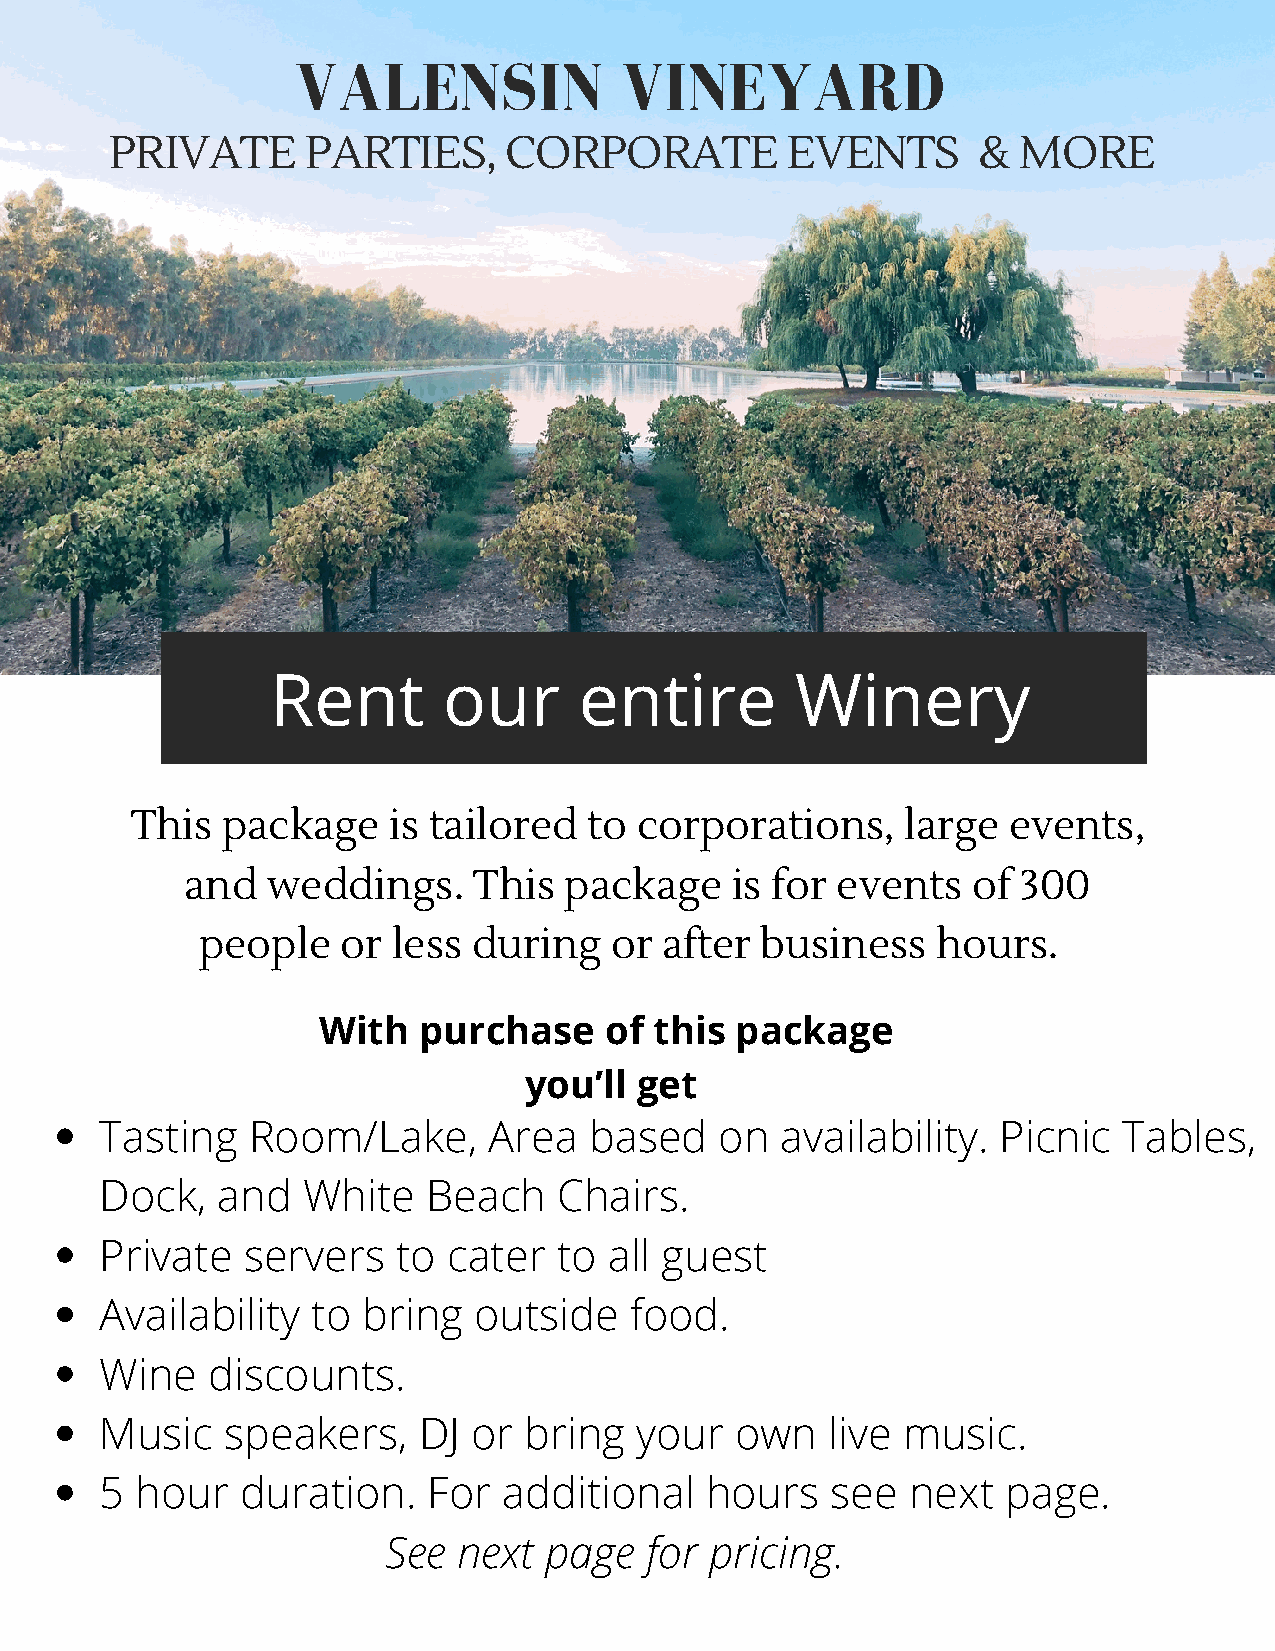
VALENSIN             VINEYARD
 PRIVATE      PARTIES,     CORPORATE          EVENTS       & MORE
 Rent       our      entire         Winery
 This  package    is tailored  to corporations,     large  events,
 and   weddings.    This  package    is for events   of  300
 people    or less during   or  after business    hours.
 With   purchase    of this  package
 you’ll get
 Tasting  Room/Lake,      Area   ba sed   on  availability. Picnic  Tables,
 Dock,  and   White   Beach    Chairs.
 Private  servers   to  cater  to all guest
 Availability  to bring  outside    food.
 Wine   discounts.
 Music   speakers,    DJ or  bring  your   own   live music.
 5 hour   duration.   For  additional    hours   see  next   page.
 See next  page   for pricing.